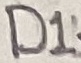
Text: D1